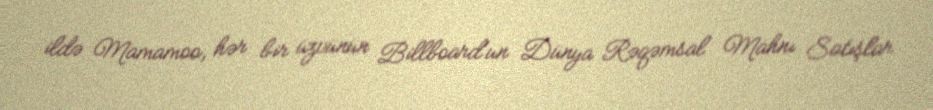
ildə Mamamoo, hər bir üzvünün Billboard'un Dünya Rəqəmsal Mahnı Satışlar